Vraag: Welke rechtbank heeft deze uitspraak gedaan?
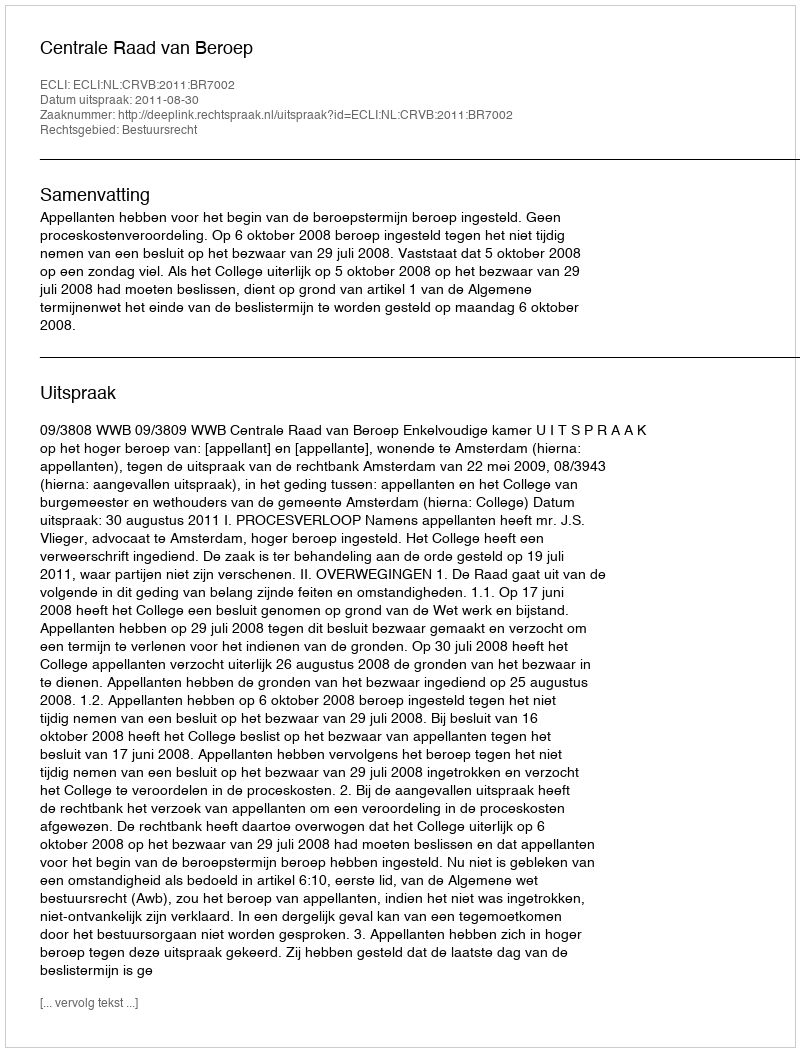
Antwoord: Centrale Raad van Beroep